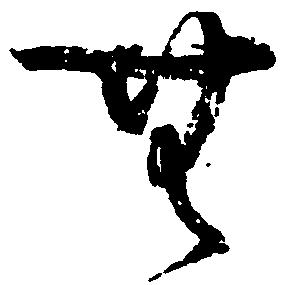
無